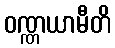
ဝဏ္ဏယာမီတိ